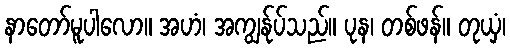
နာတော်မူပါလော။ အဟံ၊ အကျွန်ုပ်သည်။ ပုန၊ တစ်ဖန်။ တုယှံ၊